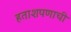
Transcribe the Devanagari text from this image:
हताशपणाची